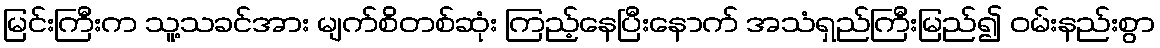
မြင်းကြီးက သူ့သခင်အား မျက်စိတစ်ဆုံး ကြည့်နေပြီးနောက် အသံရှည်ကြီးမြည်၍ ဝမ်းနည်းစွာ